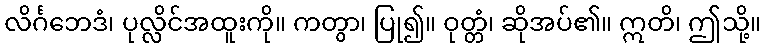
လိင်္ဂဘေဒံ၊ ပုလ္လိင်အထူးကို။ ကတွာ၊ ပြု၍။ ဝုတ္တံ၊ ဆိုအပ်၏။ ဣတိ၊ ဤသို့။